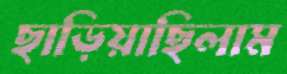
ছাড়িয়াছিলাম